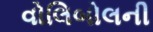
વોલિબોલની